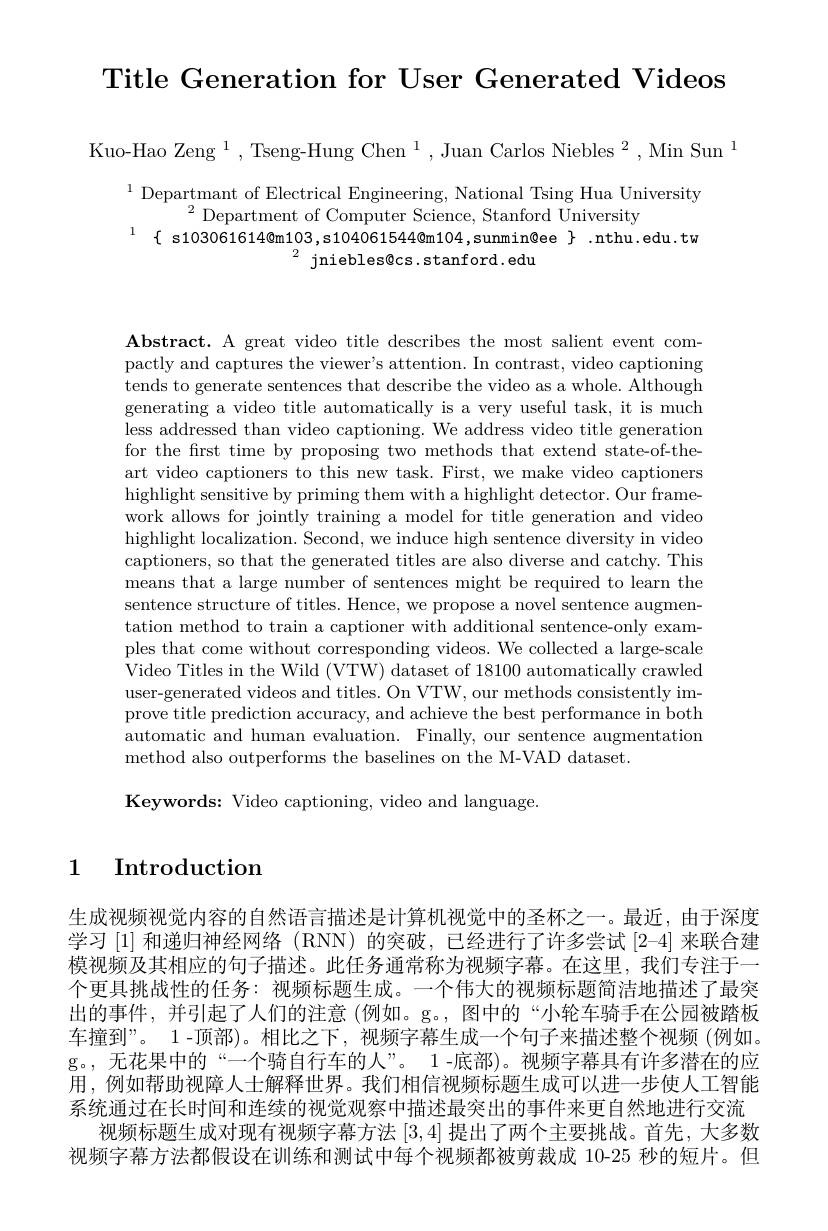
Title Generation for User Generated Videos

Kuo-Hao Zeng $^1$,Tseng-Hung Chen$^1$,Juan Carlos Niebles$^2$,Min Sun$^1$

$^{1}$ Departmant of Electrical Engineering, National Tsing Hua University
$^{2}$Department of Computer Science, Stanford University
$^{1}\{$ s103061614@m103,s104061544@m104,sunmin@ee $\}.$nthu.edu.tw
$^{2}$ jniebles@cs.stanford.edu

Abstract. A great video title describes the most salient event compactly and captures the viewer's attention. In contrast, video captioning tends to generate sentences that describe the video as a whole. Although generating a video title automatically is a very useful task, it is much less addressed than video captioning. We address video title generation for the frst time by proposing two methods that extend state-of-theart video captioners to this new task. First, we make video captioners highlight sensitive by priming them with a highlight detector. Our framework allows for jointly training a model for title generation and video highlight localization. Second, we induce high sentence diversity in video captioners, so that the generated titles are also diverse and catchy. This means that a large number of sentences might be required to learn the sentence structure of titles. Hence, we propose a novel sentence augmentation method to train a captioner with additional sentence-only examples that come without corresponding videos. We collected a large-scale Video Titles in the Wild (VTW) dataset of 18100 automatically crawled user-generated videos and titles. On VTW, our methods consistently improve title prediction accuracy, and achieve the best performance in both automatic and human evaluation. Finally, our sentence augmentation method also outperforms the baselines on the M-VAD dataset.

Keywords: Video captioning, video and language.

## 1 Introduction

生成视频视觉内容的自然语言描述是计算机视觉中的圣杯之一。最近，由于深度学习[1]和递归神经网络 (RNN)的突破，已经进行了许多尝试[2-4]来联合建模视频及其相应的句子描述。此任务通常称为视频字幕。在这里，我们专注于一个更具挑战性的任务：视频标题生成。一个伟大的视频标题简洁地描述了最突出的事件，并引起了人们的注意(例如。g。, 图中的“小轮车骑手在公园被踏板车撞到”。1-顶部)。相比之下，视频字幕生成一个句子来描述整个视频 (例如。g。,无花果中的“一个骑自行车的人”。1-底部)。视频字幕具有许多潜在的应用，例如帮助视障人士解释世界。我们相信视频标题生成可以进一步使人工智能系统通过在长时间和连续的视觉观察中描述最突出的事件来更自然地进行交流
视频标题生成对现有视频字幕方法[3,4]提出了两个主要挑战。首先，大多数视频字幕方法都假设在训练和测试中每个视频都被剪裁成 10-25 秒的短片。但